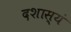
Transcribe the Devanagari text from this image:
दशास्यं